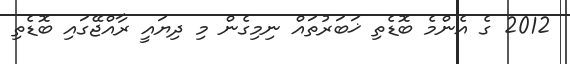
2012 ގެ އެންމެ ބޮޑެތި ޚަބަރުތައް ނިމިގެން މި ދިޔައީ ރާއްޖޭގައި ބޮޑެތި